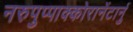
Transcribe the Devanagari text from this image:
नरुपुप्पाक्कोरानेंटार्नु